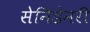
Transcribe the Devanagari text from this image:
सेनिडेनरी